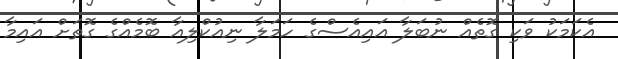
އެކަމަކު ވަކި ގޮތެއް ނުބަލާ އައިއެސްގެ ހަމަލާ ނިއުކްލިއާ ބޮމެއްގެ ގޮތަށް އައިމާ